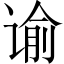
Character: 谕